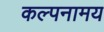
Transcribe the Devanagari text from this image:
कल्पनामय